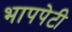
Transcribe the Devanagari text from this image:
भापपेटी